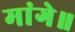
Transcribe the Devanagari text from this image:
मांगे॥